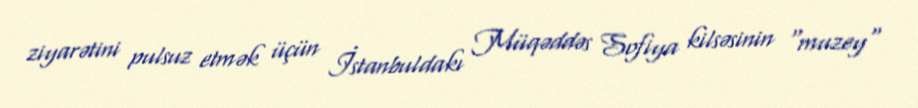
ziyarətini pulsuz etmək üçün İstanbuldakı Müqəddəs Sofiya kilsəsinin "muzey"